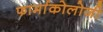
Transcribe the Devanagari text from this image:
फार्माकोलोजी